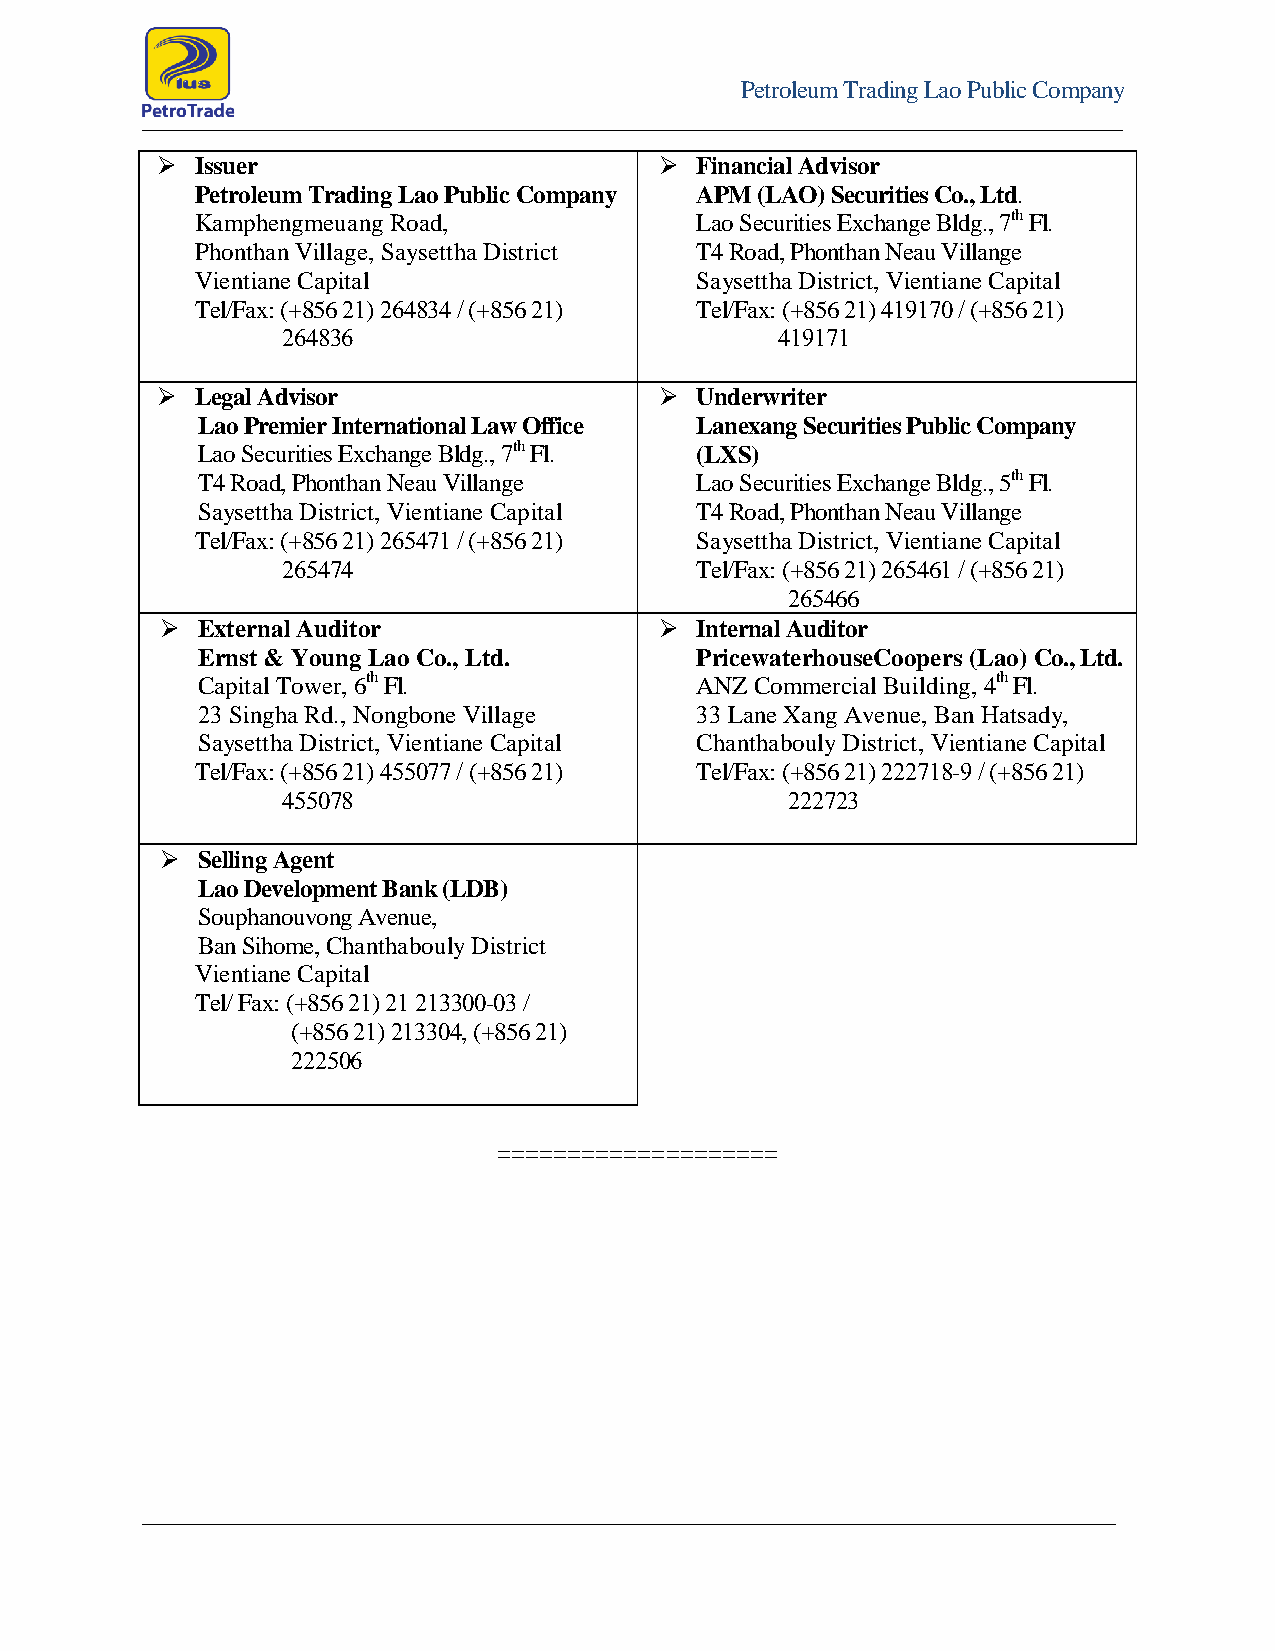
Petroleum Trading Lao Public Company
   Issuer                          Financial Advisor
 Petroleum Trading Lao Public Company APM (LAO) Securities Co., Ltd.
 Kamphengmeuang Road,             Lao Securities Exchange Bldg., 7th Fl.
 Phonthan Village, Saysettha District T4 Road, Phonthan Neau Villange
 Vientiane Capital                Saysettha District, Vientiane Capital
 Tel/Fax: (+856 21) 264834 / (+856 21) Tel/Fax: (+856 21) 419170 / (+856 21)
 264836                           419171
   Legal Advisor                   Underwriter
 Lao Premier International Law Office Lanexang Securities Public Company
 Lao Securities Exchange Bldg., 7th Fl. (LXS)
 T4 Road, Phonthan Neau Villange  Lao Securities Exchange Bldg., 5th Fl.
 Saysettha District, Vientiane Capital T4 Road, Phonthan Neau Villange
 Tel/Fax: (+856 21) 265471 / (+856 21) Saysettha District, Vientiane Capital
 265474                     Tel/Fax: (+856 21) 265461 / (+856 21)
 265466
  External Auditor                Internal Auditor
 Ernst & Young Lao Co., Ltd.      PricewaterhouseCoopers (Lao) Co., Ltd.
 Capital Tower, 6th Fl.           ANZ Commercial Building, 4th Fl.
 23 Singha Rd., Nongbone Village  33 Lane Xang Avenue, Ban Hatsady,
 Saysettha District, Vientiane Capital Chanthabouly District, Vientiane Capital
 Tel/Fax: (+856 21) 455077 / (+856 21) Tel/Fax: (+856 21) 222718-9 / (+856 21)
 455078                           222723
  Selling Agent
 Lao Development Bank (LDB)
 Souphanouvong Avenue,
 Ban Sihome, Chanthabouly District
 Vientiane Capital
 Tel/ Fax: (+856 21) 21 213300-03 /
 (+856 21) 213304, (+856 21)
 222506
 ====================